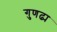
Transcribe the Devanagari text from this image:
गुणढ्य